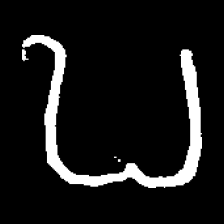
Pyu character \u2014 Myanmar letter: ဎ (romanized: ddha)